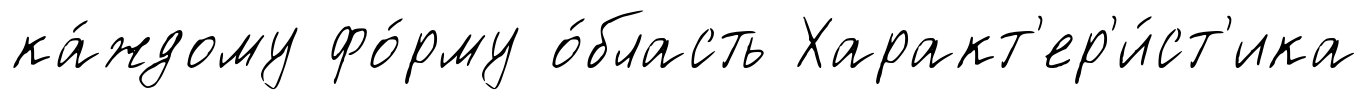
ка́ждому фо́рму о́бласть Характ'ер'и́ст'ика